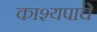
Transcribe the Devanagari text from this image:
काश्यपाचे